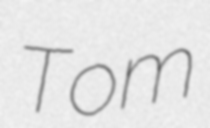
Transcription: Tom